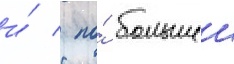
и́ / по́ большеи